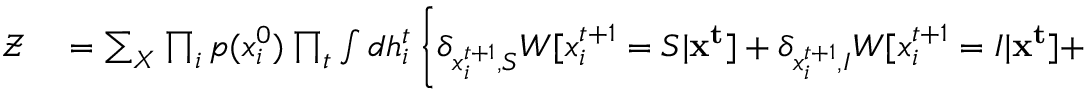
\begin{array} { r l } { \mathcal { Z } } & { { } = \sum _ { \boldsymbol { X } } \prod _ { i } p ( x _ { i } ^ { 0 } ) \prod _ { t } \int d h _ { i } ^ { t } \left\{ \delta _ { x _ { i } ^ { t + 1 } , S } W [ x _ { i } ^ { t + 1 } = S | \mathbf { x ^ { t } } ] + \delta _ { x _ { i } ^ { t + 1 } , I } W [ x _ { i } ^ { t + 1 } = I | \mathbf { x ^ { t } } ] + \right. } \end{array}